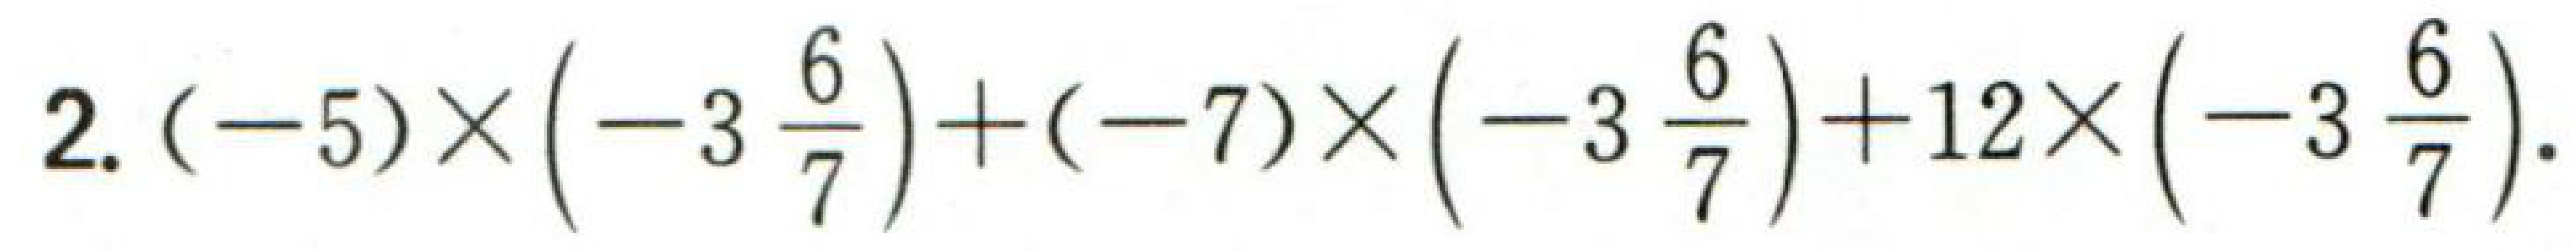
$2.(-5)\times\left(-3\frac{6}{7}\right)+(-7)\times\left(-3\frac{6}{7}\right)+12\times\left(-3\frac{6}{7}\right)$